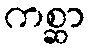
ကစ္ဆာ